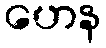
ဟေန